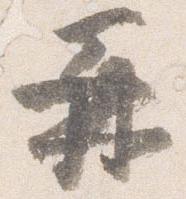
再